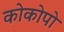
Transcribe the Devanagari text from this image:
कोकोपो